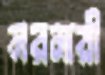
নরনারী